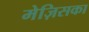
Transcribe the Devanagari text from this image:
मेज़िसका